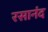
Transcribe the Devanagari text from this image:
रसानंद